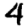
Digit: 4